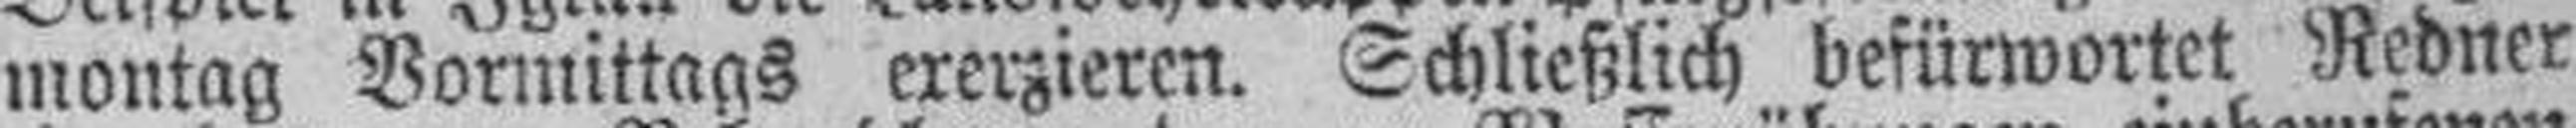
montag Vormittags ererzieren. Schließlich befürwortet Redner